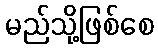
မည်သို့ဖြစ်စေ